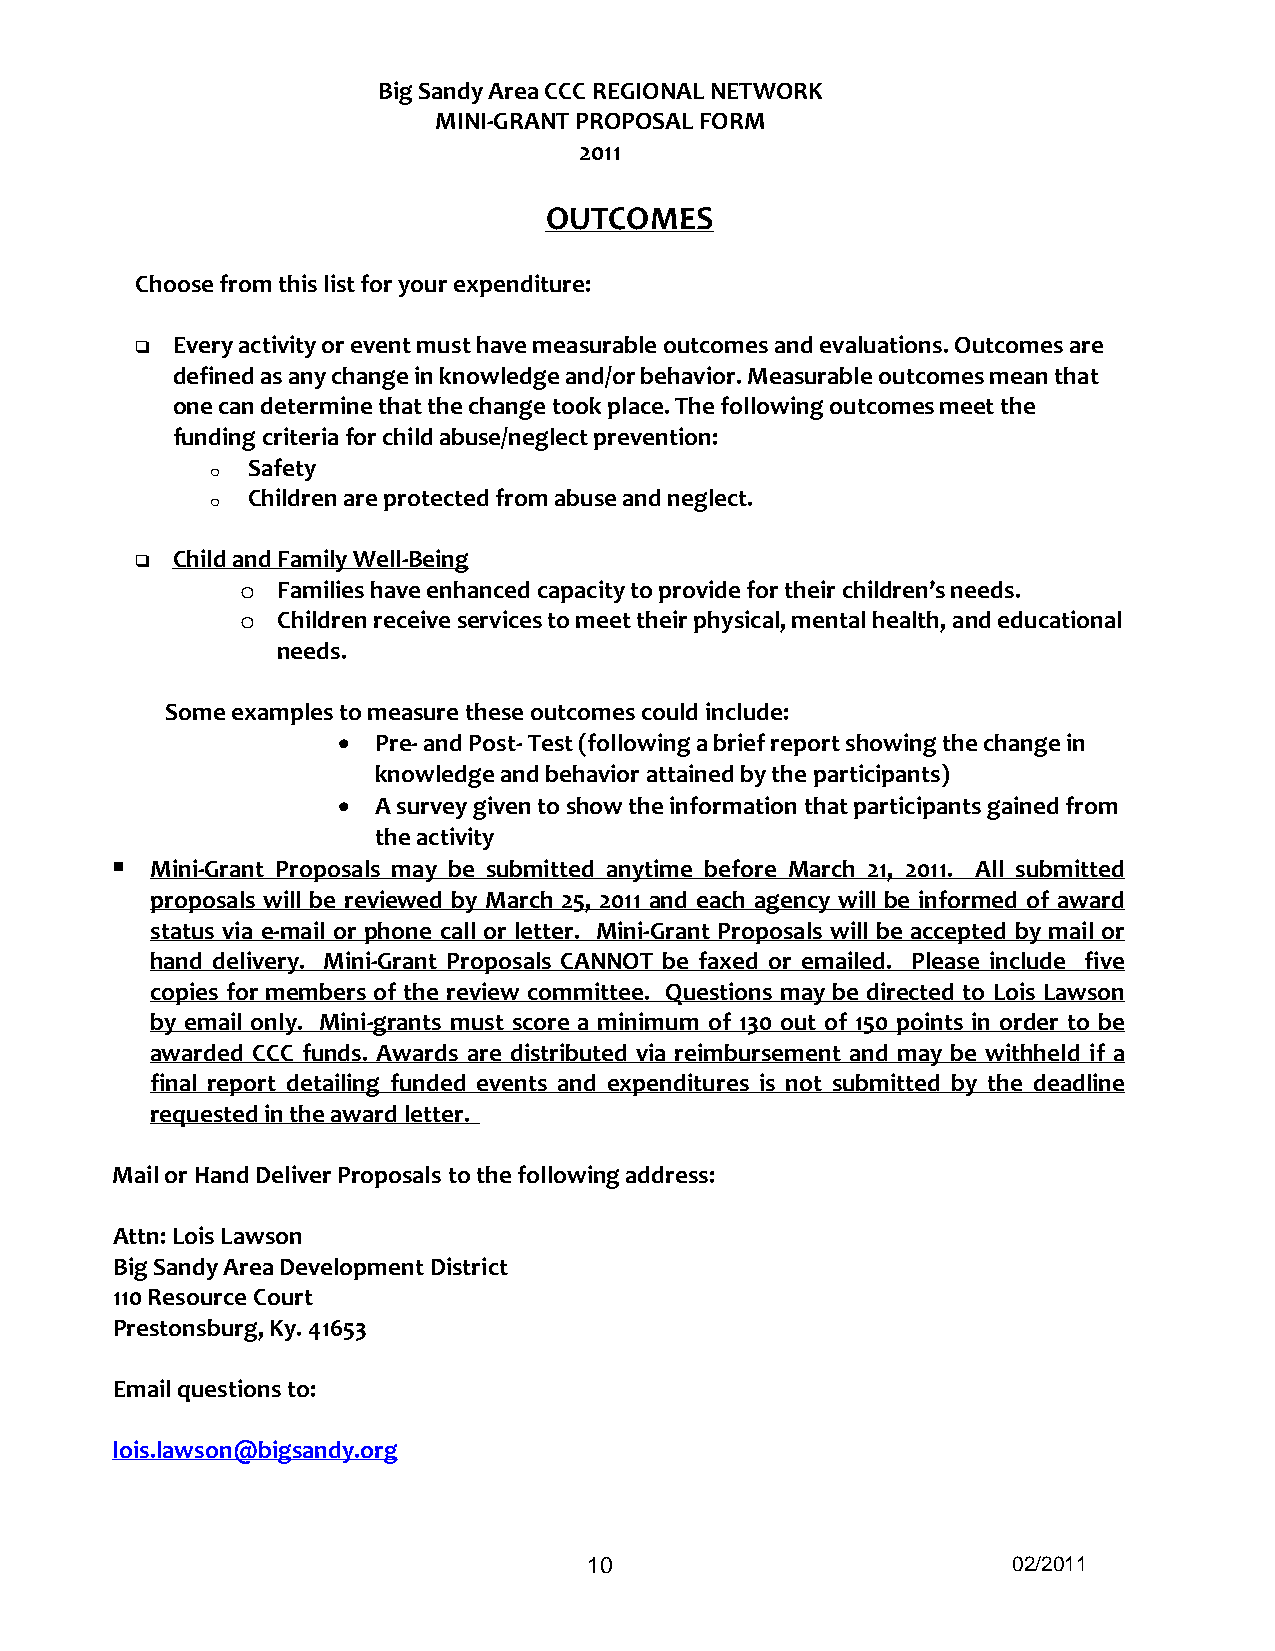
Big Sandy Area CCC REGIONAL NETWORK
 MINI-GRANT PROPOSAL FORM
 2011
 OUTCOMES
 Choose from this list for your expenditure:
  Every activity or event must have measurable outcomes and evaluations. Outcomes are
 defined as any change in knowledge and/or behavior. Measurable outcomes mean that
 one can determine that the change took place. The following outcomes meet the
 funding criteria for child abuse/neglect prevention:
 Safety
 o
 Children are protected from abuse and neglect.
 o
  Child and Family Well-Being
 Families have enhanced capacity to provide for their children’s needs.
 o
 Children receive services to meet their physical, mental health, and educational
 o
 needs.
 Some examples to measure these outcomes could include:
 •  Pre- and Post- Test (following a brief report showing the change in
 knowledge and behavior attained by the participants)
 •  A survey given to show the information that participants gained from
 the activity
   Mini-Grant Proposals may be submitted anytime before March 21, 2011. All submitted
 proposals will be reviewed by March 25, 2011 and each agency will be informed of award
 status via e-mail or phone call or letter. Mini-Grant Proposals will be accepted by mail or
 hand delivery. Mini-Grant Proposals CANNOT be faxed or emailed. Please include five
 copies for members of the review committee. Questions may be directed to Lois Lawson
 by email only. Mini-grants must score a minimum of 130 out of 150 points in order to be
 awarded CCC funds. Awards are distributed via reimbursement and may be withheld if a
 final report detailing funded events and expenditures is not submitted by the deadline
 requested in the award letter.
 Mail or Hand Deliver Proposals to the following address:
 Attn: Lois Lawson
 Big Sandy Area Development District
 110 Resource Court
 Prestonsburg, Ky. 41653
 Email questions to:
 lois.lawson@bigsandy.org
 10                          02/2011